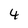
Character: 4